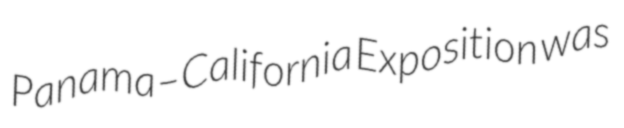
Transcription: Panama–California Exposition was